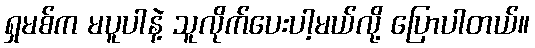
ရှမစ်က မပူပါနဲ့ သူလိုက်ပေးပါ့မယ်လို့ ပြောပါတယ်။